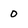
Character: 0